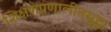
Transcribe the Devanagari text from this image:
शिक्षणप्रणालीतसुद्धा